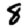
Digit: 8